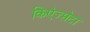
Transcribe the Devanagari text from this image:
किऐज्म़ेटा